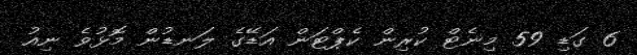
6 ގަޑި 59 މިނެޓް ކުރިން ކެޕްޓަން އަޑޭގެ ލަނޑުން މޮޅުވެ ނިއު